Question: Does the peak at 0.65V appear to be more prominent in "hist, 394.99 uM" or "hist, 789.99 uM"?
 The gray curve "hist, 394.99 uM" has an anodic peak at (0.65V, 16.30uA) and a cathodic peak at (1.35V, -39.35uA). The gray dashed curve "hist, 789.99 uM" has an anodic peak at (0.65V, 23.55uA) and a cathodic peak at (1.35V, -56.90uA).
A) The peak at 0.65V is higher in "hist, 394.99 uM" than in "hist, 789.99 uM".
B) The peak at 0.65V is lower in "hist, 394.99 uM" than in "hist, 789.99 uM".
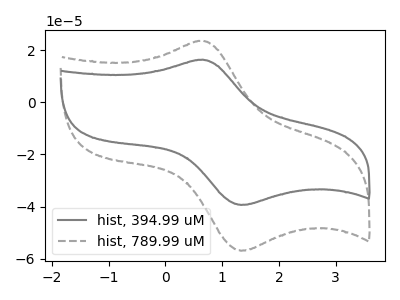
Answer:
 <answer>B) The peak at 0.65V is lower in "hist, 394.99 uM" than in "hist, 789.99 uM".</answer>
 <eval>B</eval>